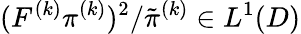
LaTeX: (F^{(k)}\pi^{(k)})^{2}/\tilde{\pi}^{(k)}\in L^{1}(D)